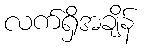
လက်ရှိအချိန်